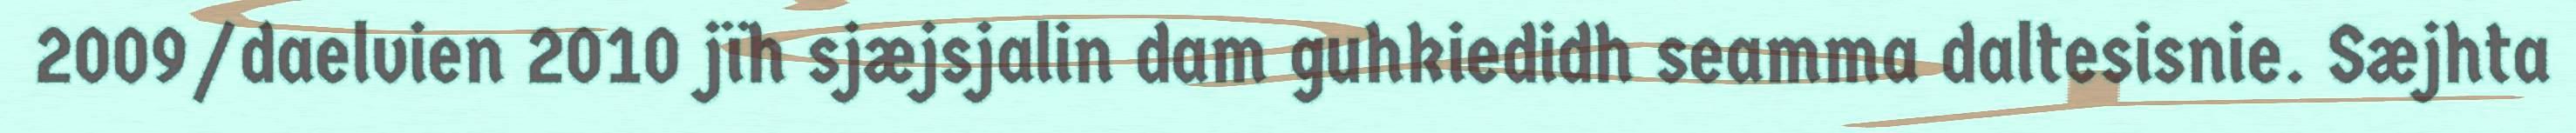
2009/daelvien 2010 jïh sjæjsjalin dam guhkiedidh seamma daltesisnie. Sæjhta